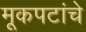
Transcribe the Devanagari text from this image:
मूकपटांचे